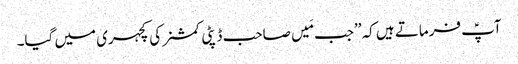
آپؑ فرماتے ہیں کہ ’’جب مَیں صاحب ڈپٹی کمشنر کی کچہری میں گیا۔